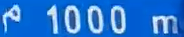
1000m